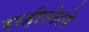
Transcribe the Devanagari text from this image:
राहीलेले